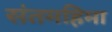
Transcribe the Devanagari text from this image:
संतमहिमा